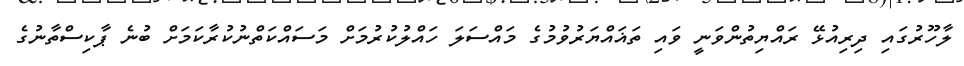
ލާހޫރުގައި ދިރިއުޅޭ ރައްޔިތުންވަނީ ވައި ތަޣައްޔަރުވުމުގެ މައްސަލަ ހައްލުކުރުމަށް މަސައްކަތްނުކުރާކަމަށް ބުނެ ޕާކިސްތާނުގެ